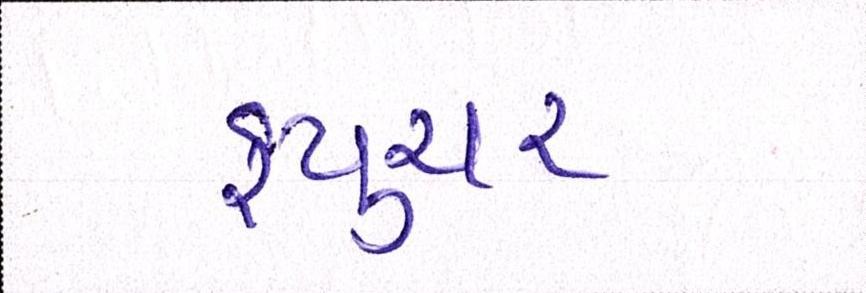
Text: ફ્યુચર